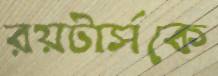
রয়টার্সকে